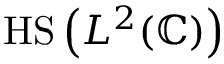
{ \mathrm { H S } } \left( L ^ { 2 } ( \mathbb { C } ) \right)